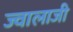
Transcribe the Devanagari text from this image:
ज्‍वालाजी